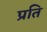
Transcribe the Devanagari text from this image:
प्रति